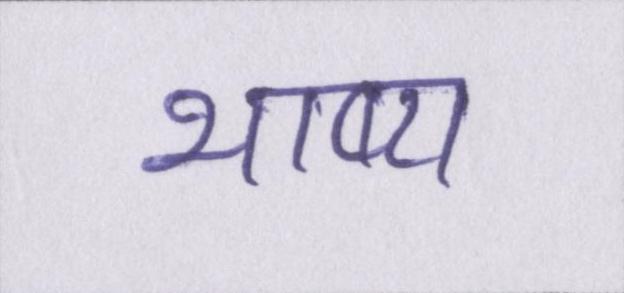
भाष्य